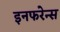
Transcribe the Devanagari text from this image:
इनफरेन्स